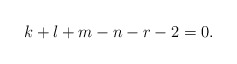
\begin{align*} k + l + m - n - r - 2 = 0.\end{align*}